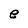
Character: e